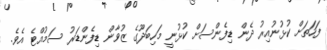
ފަހަތަށް ކުޅުނުއިރު ދެން ޑިފެންސަށް ކުޅުނީ މަހިބަދޫގެ ޒުވާން ޑިފެންޑަރު ސަމުއްޓެ އެވެ.